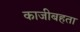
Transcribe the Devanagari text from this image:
काजीबहता